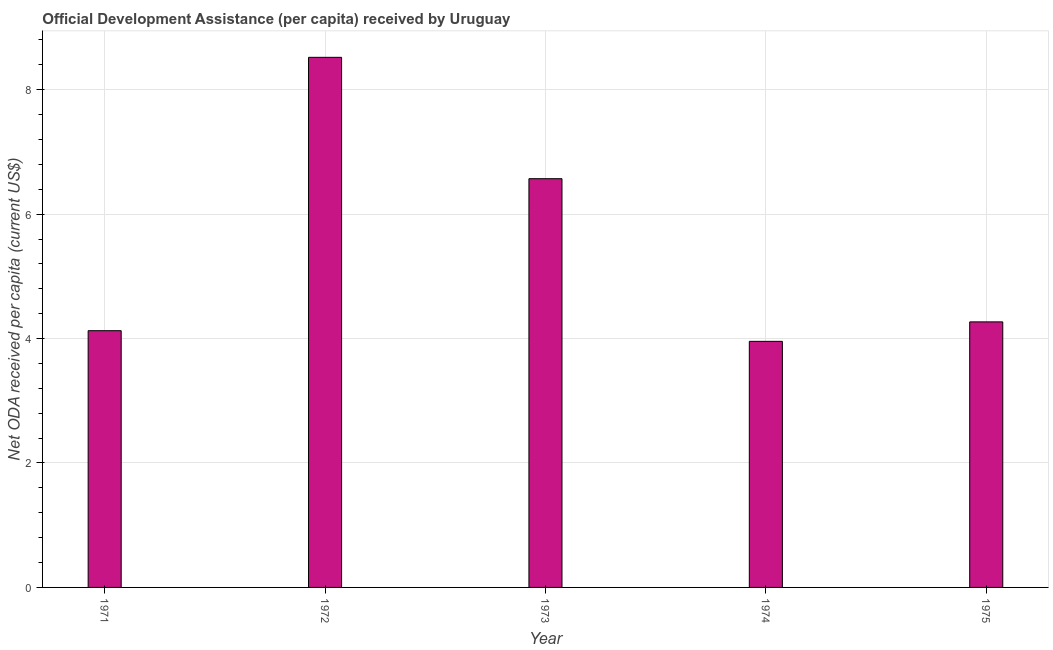
| Year | Net ODA received per capita |
 | --- | --- |
 | 1971 | 4.13 |
 | 1972 | 8.52 |
 | 1973 | 6.57 |
 | 1974 | 3.96 |
 | 1975 | 4.27 |